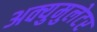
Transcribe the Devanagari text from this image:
अक्युमुलेटर